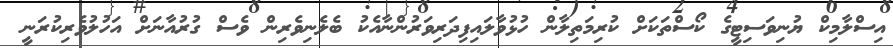
އިސްލާމިކް ޔުނިވަސިޓީގެ ކޯސްތަކަށް ކުރިމަތިލާން ހުޅުވާލައިފިދަރިވަރުންނާއެކު ބެލެނިވެރިން ވެސް ގުރުއާނަށް އަހުލުވެރިކުރަނީ